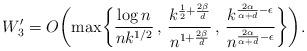
LaTeX: \begin{align*}W_3' = O\biggl( \max \biggl\{ \frac{\log n}{nk^{1/2}}\, , \, \frac{k^{\frac{1}{2} +\frac{2\beta}{d}}}{n^{1+ \frac{2\beta}{d}}}\, , \,\frac{k^{\frac{2\alpha}{\alpha+d} - \epsilon}}{n^{\frac{2\alpha}{\alpha+d} - \epsilon}} \biggr\} \biggr).\end{align*}